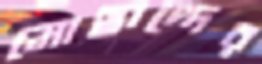
মোছাদ্দের